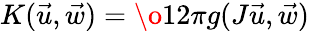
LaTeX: K(\vec{u},\vec{w})=\o{1}{2\pi}g(J\vec{u},\vec{w})